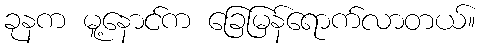
ခုနက မူ့နောင်က ခြေမြန်ရောက်လာတယ်။